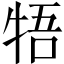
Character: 牾